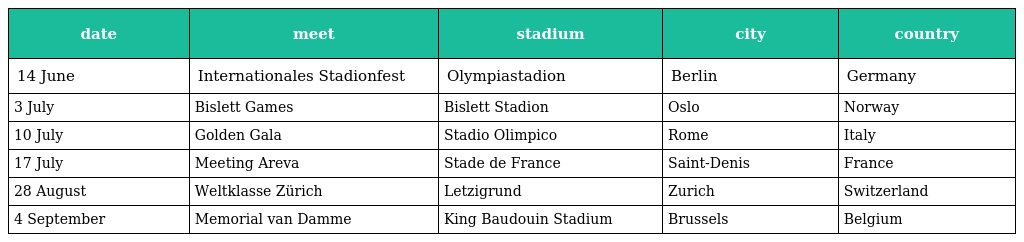
| date | meet | stadium | city | country |
 | --- | --- | --- | --- | --- |
 | 14 June | Internationales Stadionfest | Olympiastadion | Berlin | Germany |
 | 3 July | Bislett Games | Bislett Stadion | Oslo | Norway |
 | 10 July | Golden Gala | Stadio Olimpico | Rome | Italy |
 | 17 July | Meeting Areva | Stade de France | Saint-Denis | France |
 | 28 August | Weltklasse Zürich | Letzigrund | Zurich | Switzerland |
 | 4 September | Memorial van Damme | King Baudouin Stadium | Brussels | Belgium |